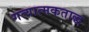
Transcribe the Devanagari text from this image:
गत्यात्मकताद्ध